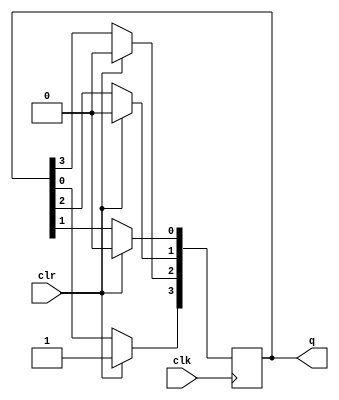
module ring_count(q,clk,clr);
  input clk,clr;
  output [3:0]q;
  reg [3:0]q;
  always @(posedge clk)
       if(clr==1)
            q<=4'b1000;
        else
            begin
                q[3]<=q[0];
                q[2]<=q[3];
                q[1]<=q[2];
                q[0]<=q[1];
            end
endmodule

module ring_count_test();
    reg clk_tb,clr_tb;
    wire [3:0]q_tb;
    ring_count dut1(q_tb,clk_tb,clr_tb);
    initial 
        begin
          $monitor("%g,\t %b,\t %b,\t %b",$time,clk_tb,clr_tb,q_tb);
        clr_tb=1'b0;
        #50 clr_tb=1'b1;
        #100 clr_tb=1'b0;
        end
        always 
            begin
            #50 clk_tb=1'b1;
            #50 clk_tb=1'b0;
            end
  
  initial
    begin
      $dumpfile("ring.vcd");
      $dumpvars;
      #500 $finish;
    end
endmodule